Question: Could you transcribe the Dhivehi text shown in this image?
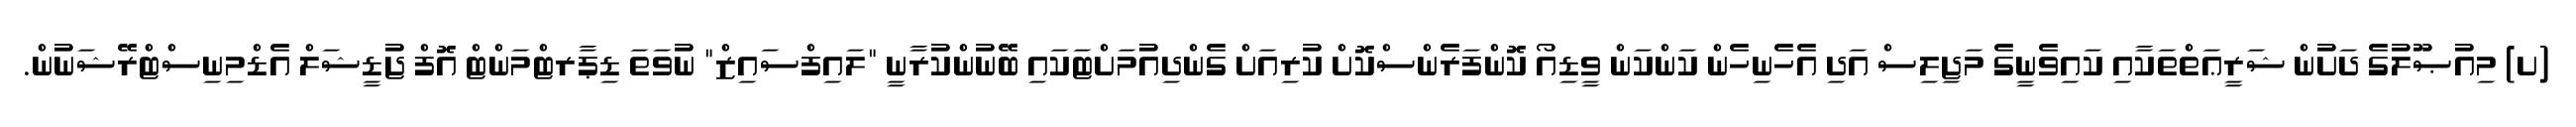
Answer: (ށ) މިއުޞޫލުގެ ދަށުން ޝަރީޢަތްތަކާއި ކައިވެނީގެ މަޖިލިސް އަދި އެހެނިހެން ކަންކަން ވީޑިއޯ ކޮންފަރެންސްކޮށް ކުރިއަށް ގެންދިއުމަށްޓަކައި ބޭނުންކުރާނީ "ލައިފްސައިޒް" ނުވަތަ ޑިޕާރޓްމަންޓް އޮފް ޖުޑީޝަލް އެޑްމިނިސްޓްރޭޝަނުން.